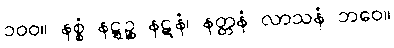
၁၀၀။ နစ္စံ နဋ္ဋဉ္စ နဋနံ၊ နတ္တနံ လာသနံ ဘဝေ။